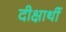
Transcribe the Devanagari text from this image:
दीक्षार्थी